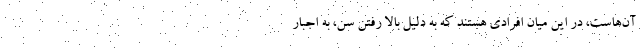
آن‌هاست، در این میان افرادی هستند که به دلیل بالا رفتن سن، به اجبار